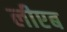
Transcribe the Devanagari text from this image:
लीएब